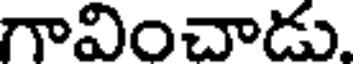
గావించాడు.